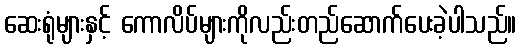
ဆေးရုံများနှင့် ကောလိပ်များကိုလည်းတည်ဆောက်ပေးခဲ့ပါသည်။